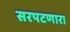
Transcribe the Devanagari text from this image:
सरपटणारा